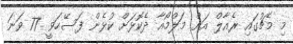
މި މެޗުގައި ރެއާލް އަށް މަލްމޯއާ ދެކޮޅަށް ކުޅެން ފަސޭހަވީ 77 ވަނަ